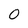
Character: O